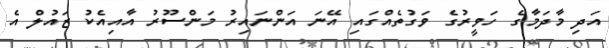
އަދި މާދަމާގެ ހަވީރުގެ ވަގުތެއްގައި އޭނަ އަންނައިރު މަންސޫރު އާއިއެކު ޒައުލް އެ